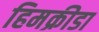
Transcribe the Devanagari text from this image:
हिमक्रीडा